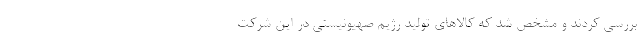
بررسی کردند و مشخص شد که کالاهای تولید رژیم صهیونیستی در این شرکت